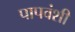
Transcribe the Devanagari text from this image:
पापवंशी